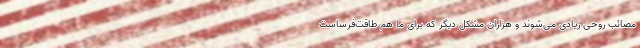
مصائب روحی زیادی می‌شوند و هزاران مشکل دیگر که برای ما هم طاقت‌فرساست